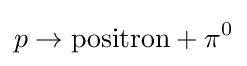
p\rightarrow \mathrm {positron} +\pi ^{0}